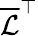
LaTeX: \overline{{\mathcal{L}}}^{\top}